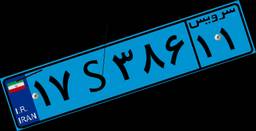
۱۷S۳۸۶۱۱